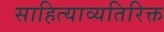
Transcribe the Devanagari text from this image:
साहित्याव्यतिरिक्त